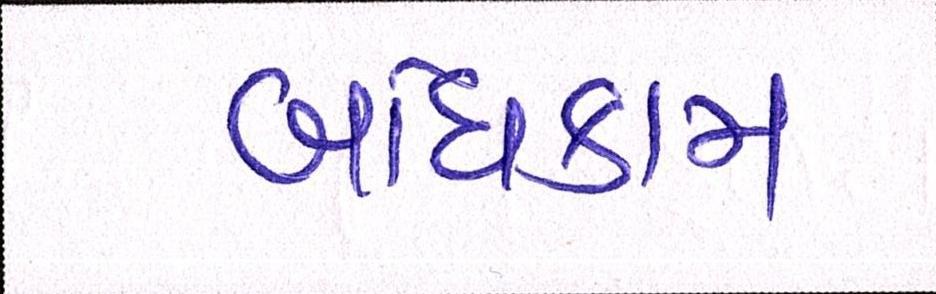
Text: બાંધકામ